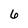
Character: 6